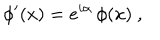
\phi ^ { \prime } ( x ) = e ^ { i \alpha } \, \phi ( x ) \ ,